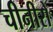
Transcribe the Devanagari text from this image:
चीनीरो